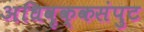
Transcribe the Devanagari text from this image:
अधिवृक्कसंपुट